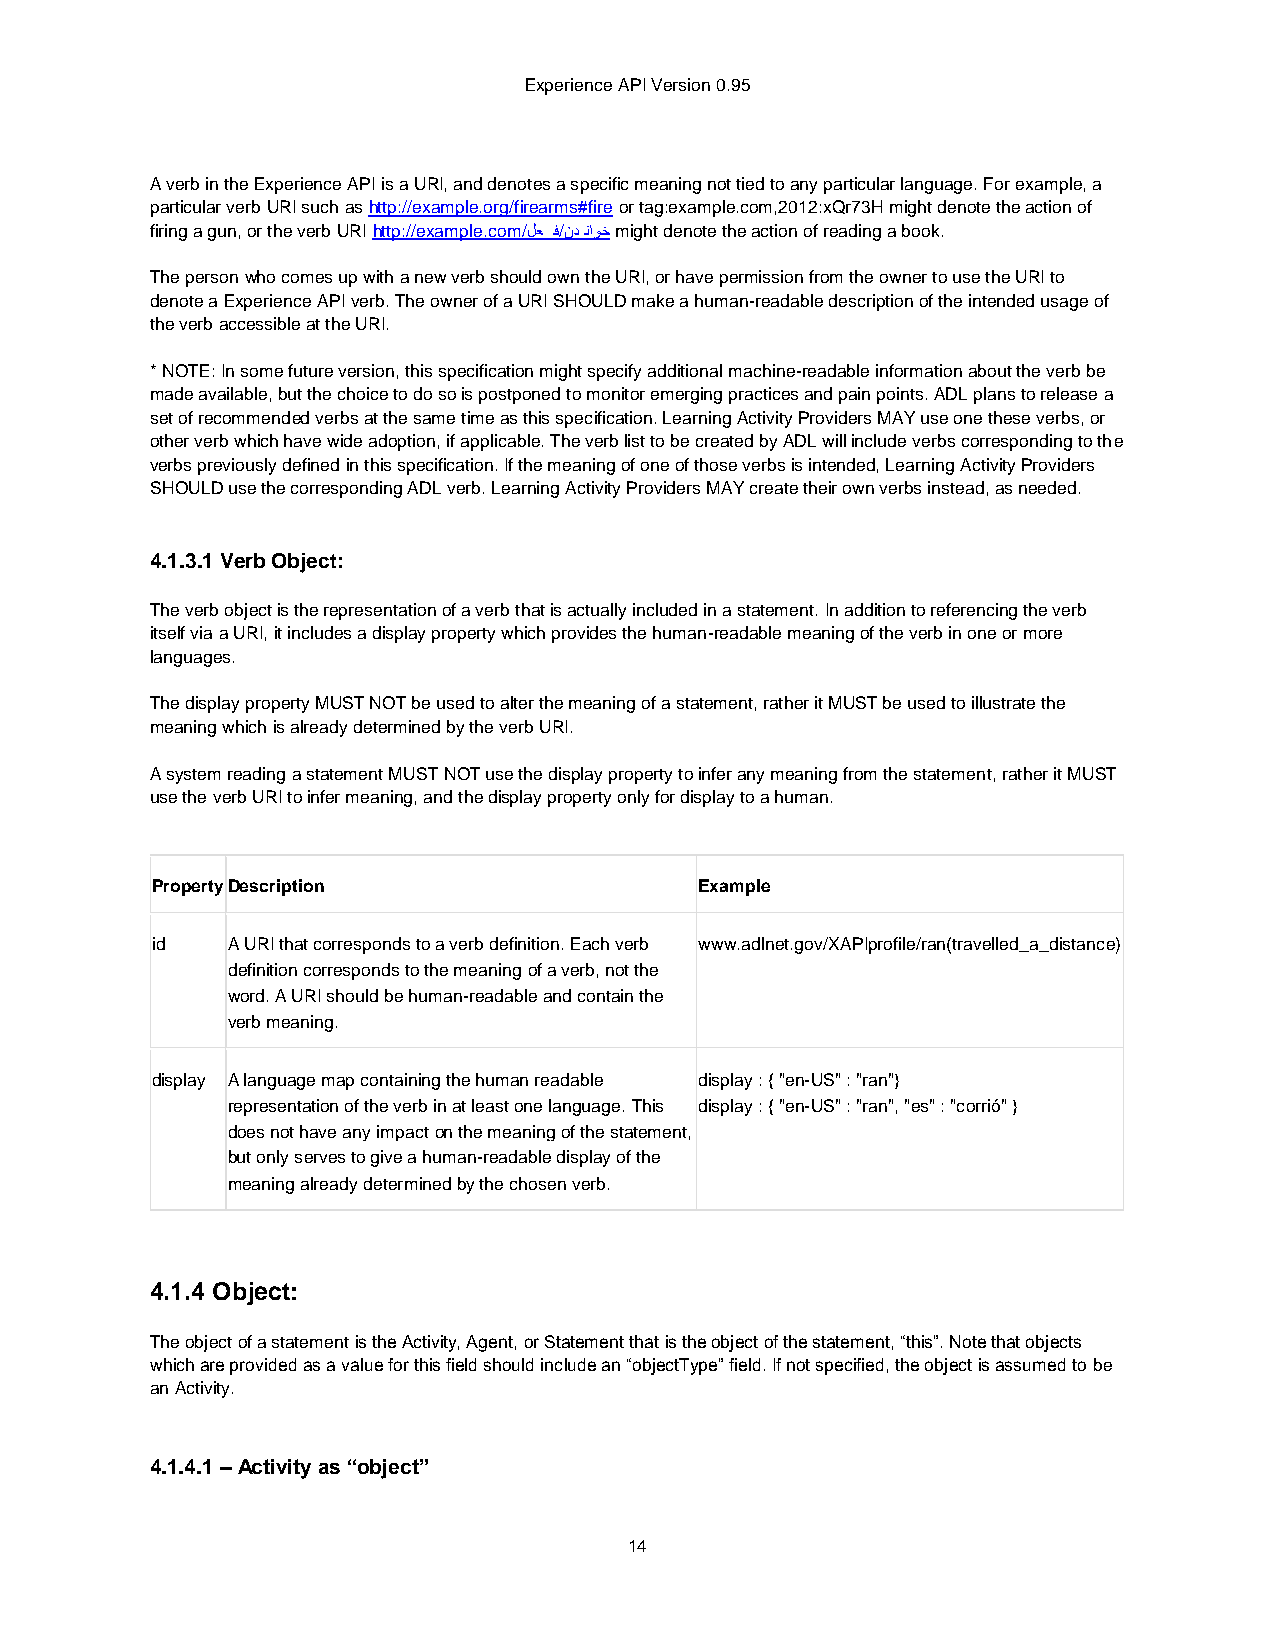
Experience API Version 0.95
 A verb in the Experience API is a URI, and denotes a specific meaning not tied to any particular language. For example, a
 particular verb URI such as http://example.org/firearms#fire or tag:example.com,2012:xQr73H might denote the action of
 firing a gun, or the verb URI http://example.com/لع ف/ندناوخ might denote the action of reading a book.
 The person who comes up with a new verb should own the URI, or have permission from the owner to use the URI to
 denote a Experience API verb. The owner of a URI SHOULD make a human-readable description of the intended usage of
 the verb accessible at the URI.
 * NOTE: In some future version, this specification might specify additional machine-readable information about the verb be
 made available, but the choice to do so is postponed to monitor emerging practices and pain points. ADL plans to release a
 set of recommended verbs at the same time as this specification. Learning Activity Providers MAY use one these verbs, or
 other verb which have wide adoption, if applicable. The verb list to be created by ADL will include verbs corresponding to the
 verbs previously defined in this specification. If the meaning of one of those verbs is intended, Learning Activity Providers
 SHOULD use the corresponding ADL verb. Learning Activity Providers MAY create their own verbs instead, as needed.
 4.1.3.1 Verb Object:
 The verb object is the representation of a verb that is actually included in a statement. In addition to referencing the verb
 itself via a URI, it includes a display property which provides the human-readable meaning of the verb in one or more
 languages.
 The display property MUST NOT be used to alter the meaning of a statement, rather it MUST be used to illustrate the
 meaning which is already determined by the verb URI.
 A system reading a statement MUST NOT use the display property to infer any meaning from the statement, rather it MUST
 use the verb URI to infer meaning, and the display property only for display to a human.
 Property Description                Example
 id   A URI that corresponds to a verb definition. Each verb www.adlnet.gov/XAPIprofile/ran(travelled_a_distance)
 definition corresponds to the meaning of a verb, not the
 word. A URI should be human-readable and contain the
 verb meaning.
 display A language map containing the human readable display : { "en-US" : "ran"}
 representation of the verb in at least one language. This display : { "en-US" : "ran", "es" : "corrió" }
 does not have any impact on the meaning of the statement,
 but only serves to give a human-readable display of the
 meaning already determined by the chosen verb.
 4.1.4 Object:
 The object of a statement is the Activity, Agent, or Statement that is the object of the statement, “this”. Note that objects
 which are provided as a value for this field should include an “objectType” field. If not specified, the object is assumed to be
 an Activity.
 4.1.4.1 – Activity as “object”
 14